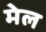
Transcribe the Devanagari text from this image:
मेल